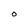
Character: O